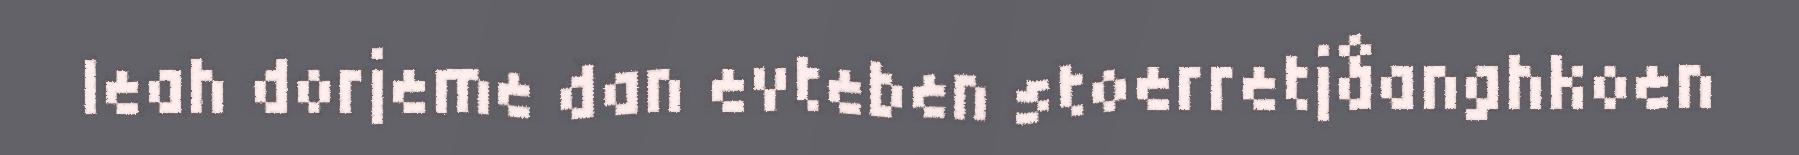
leah dorjeme dan evteben stoerretjåanghkoen